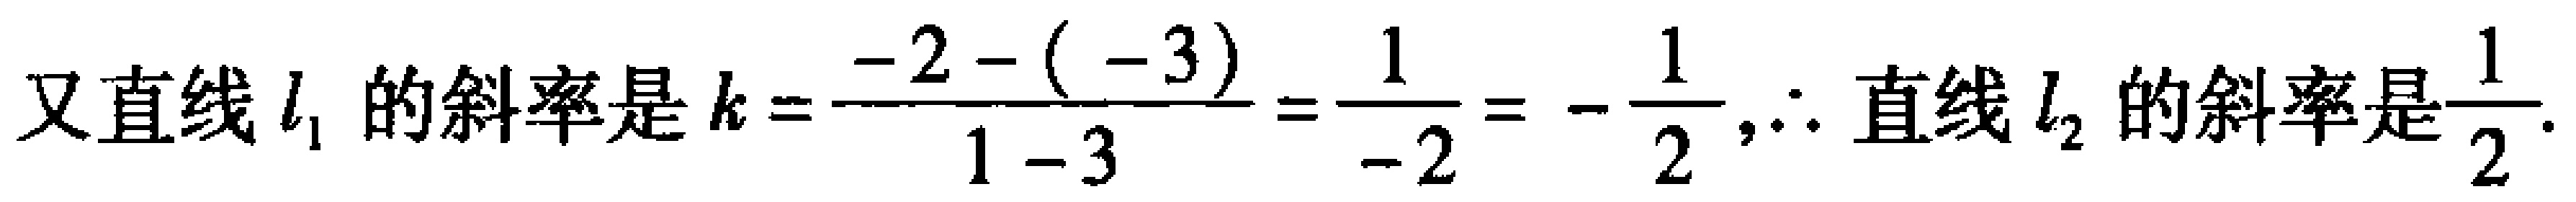
又直线\(l_{1}\)的斜率是\(k = \frac{-2 - (-3)}{1 - 3} = \frac{1}{-2} = -\frac{1}{2},\therefore\)直线\(l_{2}\)的斜率是\(\frac{1}{2}\).